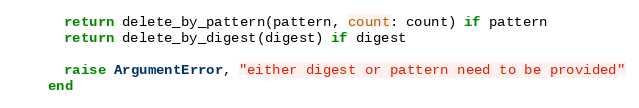
Language: Ruby
      return delete_by_pattern(pattern, count: count) if pattern
      return delete_by_digest(digest) if digest

      raise ArgumentError, "either digest or pattern need to be provided"
    end